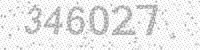
Solution: 346027